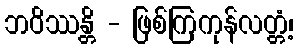
ဘဝိဿန္တိ - ဖြစ်ကြကုန်လတ္တံ့၊